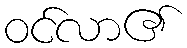
ဝင်လာ၏